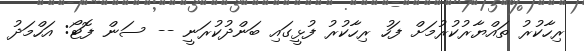
ރިހާކުރު ތައްޔާރުކުރުމަށް ފަހު ރިހާކުރު ފުޅީގައި ބަންދުކުރަނީ -- ސަން ފޮޓޯ: އަހްމަދު